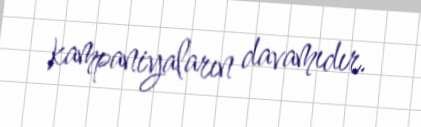
kampaniyaların davamıdır.